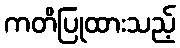
ကတိပြုထားသည့်